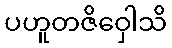
ပဟူတဇိဝှေါသိ